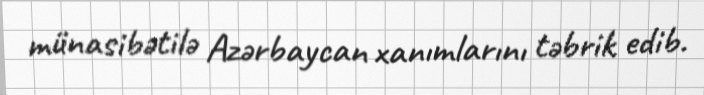
münasibətilə Azərbaycan xanımlarını təbrik edib.